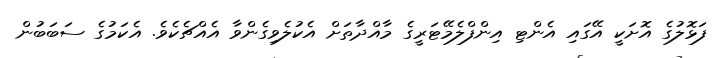
ފަޅޮލުގެ އޮށަކީ އޭގައި އެންޓި އިންފްލެމޭޓަރީގެ މާއްދާތަށް އެކުލެވިގެންވާ އެއްޗެކެވެ. އެކަމުގެ ސަބަބުން